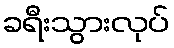
ခရီးသွားလုပ်